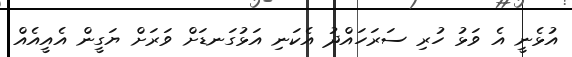
އުޅެނީ އެ ވަޅު ހުރި ސަރަހައްދު އެކަނި އަޅުގަނޑަށް ވަރަށް ޔަގީން އެއީއެއް